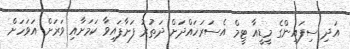
އަދި ސިފައިންގެ މީޑީއާ ޓީމް އެސަރަހައްދަށް ދަތުރު ފަށާފައިވާ ކަމަށާއި ވަރަށް އަވަހަށް